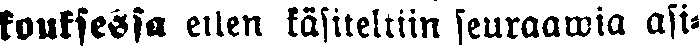
kouksessa eilen käsiteltiin seuraawia asi-